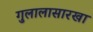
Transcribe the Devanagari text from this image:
गुलालासारखा